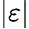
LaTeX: |\varepsilon|